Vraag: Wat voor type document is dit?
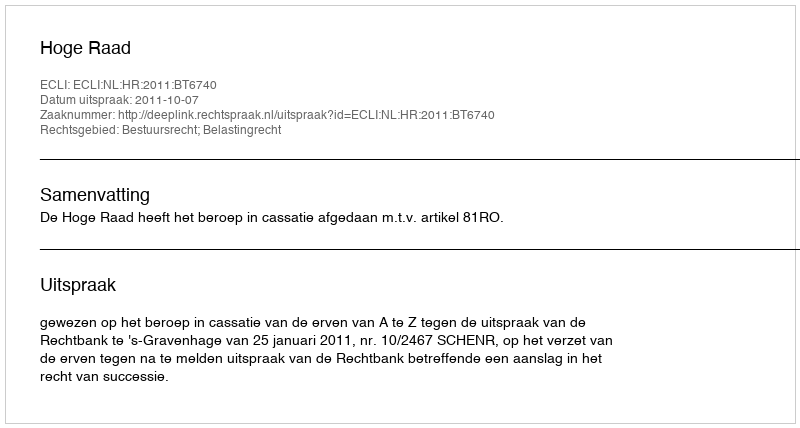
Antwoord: Uitspraak